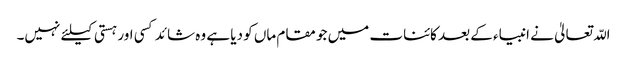
اللّہ تعالیٰ نے انبیاء کے بعد کائنات میں جو مقام ماں کو دیا ہے وہ شائد کسی اور ہستی کیلئے نہیں۔